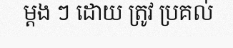
ម្តង ៗ ដោយ ត្រូវ ប្រគល់